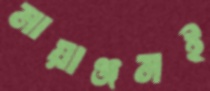
মায়াঞ্জনই